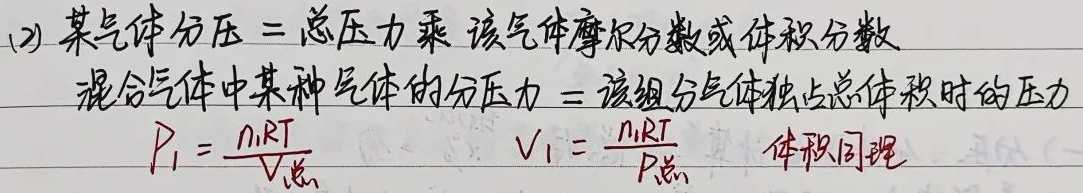
(2) 某气体分压 = 总压力乘该气体摩尔分数或体积分数，混合气体中某种气体的分压力 = 该组分气体独占总体积时的压力。
\(P_{1}=\frac{n_{1}RT}{V_{总}}\)，\(V_{1}=\frac{n_{1}RT}{P_{总}}\)，体积同理